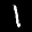
Label: 1